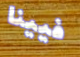
فيينا